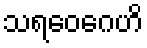
သရဝေဂေဟိ